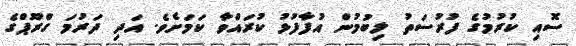
ސޮއި ކުރުމުގެ ފުރުސަތު ލިބުމުން އުފާފުޅު ކުރައްވާ ކަމަށެވެ. އަދި ދަރުމަ ގްރޫޕްގެ